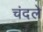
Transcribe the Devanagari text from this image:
चंदले